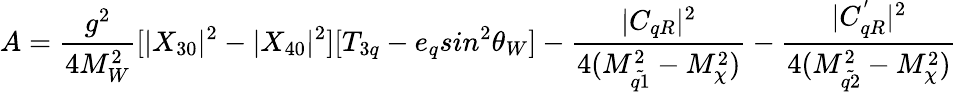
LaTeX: A=\frac{g^{2}}{4M_{W}^{2}}[|X_{30}|^{2}-|X_{40}|^{2}][T_{3q}-e_{q}sin^{2}\theta_{W}]-\frac{|C_{qR}|^{2}}{4(M_{\tilde{q1}}^{2}-M_{\chi}^{2})}-\frac{|C_{qR}^{'}|^{2}}{4(M_{\tilde{q2}}^{2}-M_{\chi}^{2})}